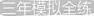
三年模拟全统练